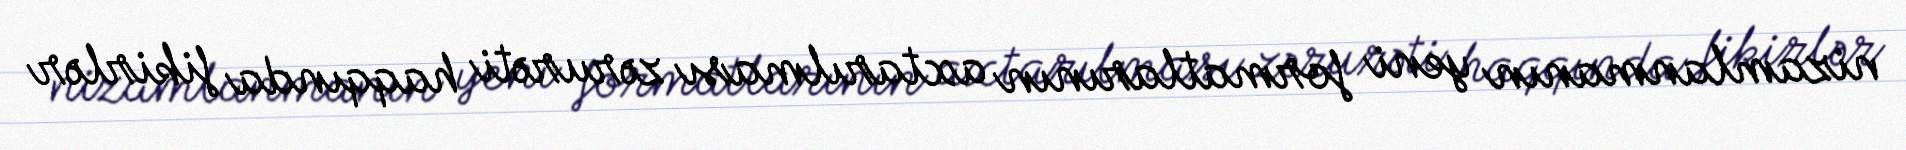
nizamlanmanın yeni formatlarının axtarılması zərurəti haqqında fikirlər